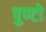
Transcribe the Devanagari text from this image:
पुण्टो